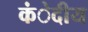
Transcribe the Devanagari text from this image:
कंेदीय